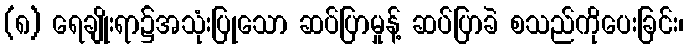
(၈) ရေချိုးရာ၌အသုံးပြုသော ဆပ်ပြာမှုန့် ဆပ်ပြာခဲ စသည်ကိုပေးခြင်း၊